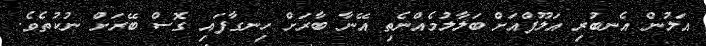
އަލުން އެނބުރި އަލޫފްއަށް ބަލާލުމެއްނެތި އޭނާ ބާރަށް ހިނގާފައި ގޮސް ބޭރަށް ނުކުތެވެ.